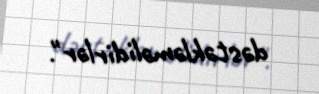
dəstəkləməlidirlər".